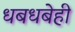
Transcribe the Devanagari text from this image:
धबधबेही